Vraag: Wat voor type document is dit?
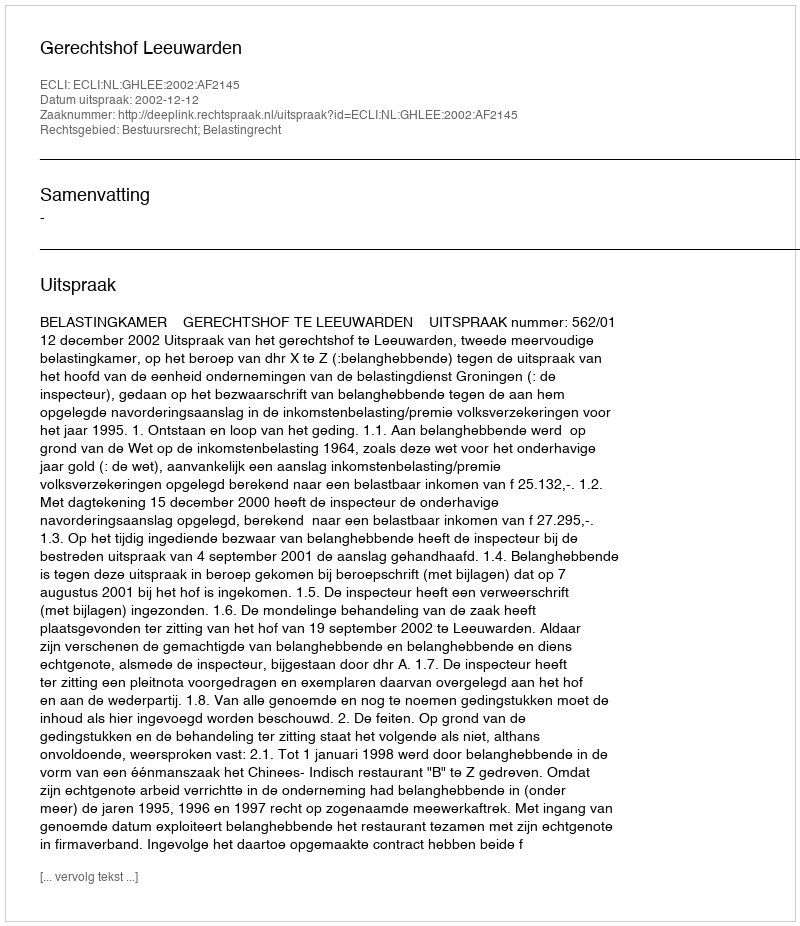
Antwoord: Uitspraak